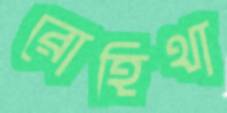
রোহিথা